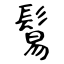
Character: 鬄